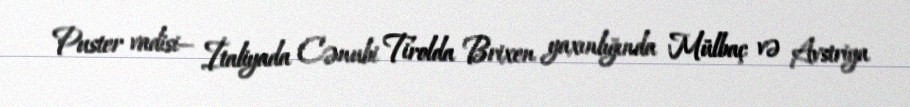
Puster vadisi— İtaliyada Cənubi Tirolda Brixen yaxınlığında Mülbaç və Avstriya